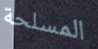
المسلحة